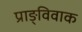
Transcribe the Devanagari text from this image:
प्राङ्विवाक